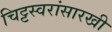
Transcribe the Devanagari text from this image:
चिट्टस्वरांसारखी